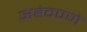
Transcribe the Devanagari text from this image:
अहेवपणे